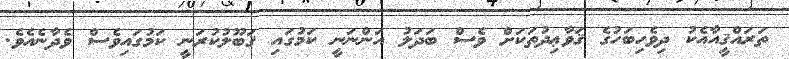
ތަރައްޤީއާއެކު ދިވެހިބަހުގެ ޤަވާޢިދުތަކަށް ވެސް ބަދަލު އަންނަނީ ކަމުގައި ޤަބޫލުކުރަނީ ކަމުގައިވެސް ވެދާނެއެވެ.